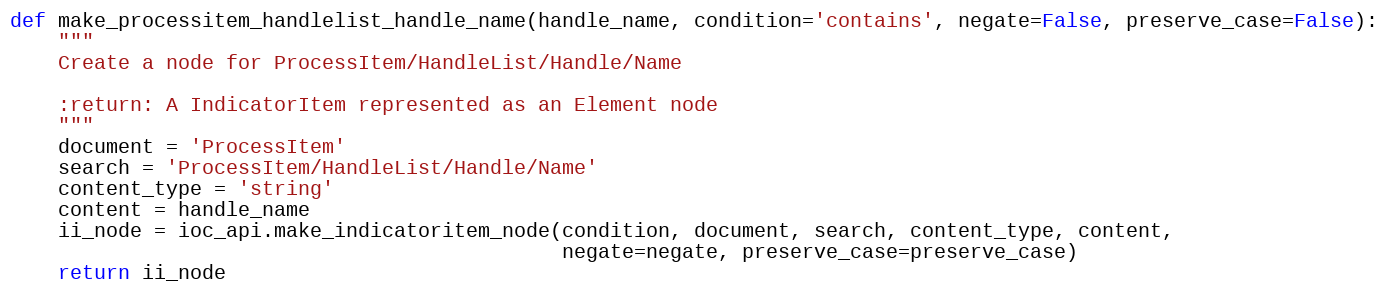
Language: Python
def make_processitem_handlelist_handle_name(handle_name, condition='contains', negate=False, preserve_case=False):
    """
    Create a node for ProcessItem/HandleList/Handle/Name

    :return: A IndicatorItem represented as an Element node
    """
    document = 'ProcessItem'
    search = 'ProcessItem/HandleList/Handle/Name'
    content_type = 'string'
    content = handle_name
    ii_node = ioc_api.make_indicatoritem_node(condition, document, search, content_type, content,
                                              negate=negate, preserve_case=preserve_case)
    return ii_node